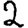
Digit: 2